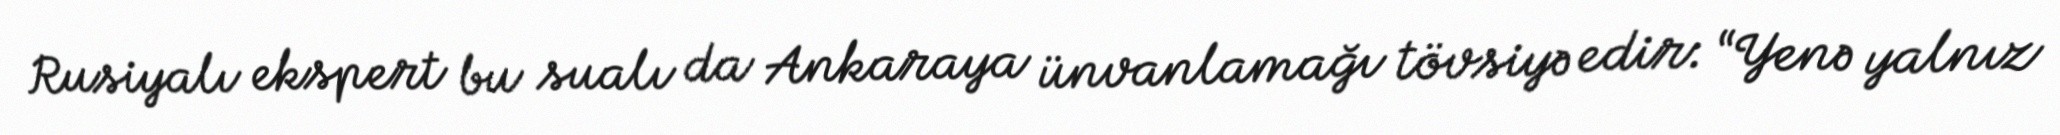
Rusiyalı ekspert bu sualı da Ankaraya ünvanlamağı tövsiyə edir: “Yenə yalnız